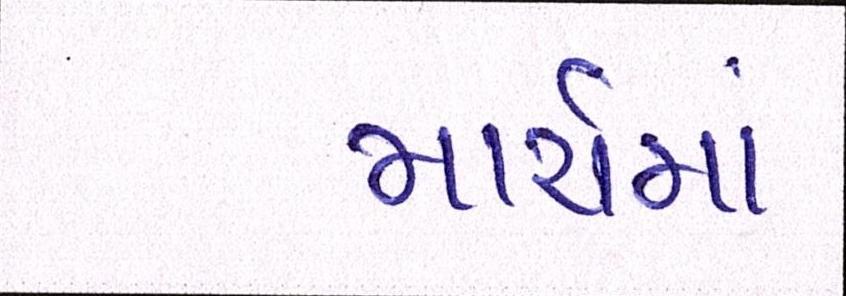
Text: માર્ચમાં